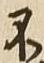
不